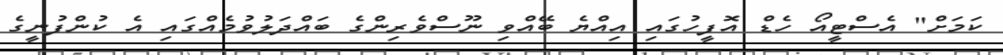
ކަމަށް" އެސްޓީއޯ ހެޑް އޮފީހުގައި އިއްޔެ ބޭއްވި ނޫސްވެރިންގެ ބައްދަލުވުމެއްގައި އެ ކުންފުނީގެ